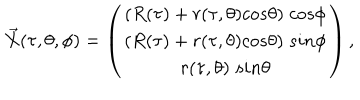
\vec { X } ( \tau , \theta , \phi ) = \left( \begin{array} { c } { { ( R ( \tau ) + r ( \tau , \theta ) c o s \theta ) \; c o s \phi } } \\ { { ( R ( \tau ) + r ( \tau , \theta ) c o s \theta ) \; s i n \phi } } \\ { { r ( \tau , \theta ) \; s i n \theta } } \\ \end{array} \right) ,